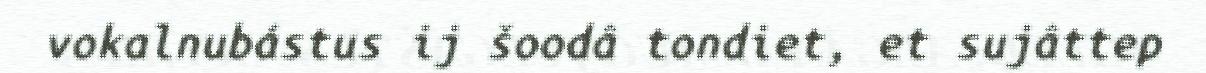
vokalnubástus ij šoodâ tondiet, et sujâttep